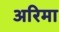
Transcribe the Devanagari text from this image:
अरिमा